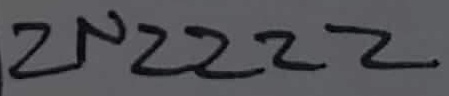
Text: 2N2222